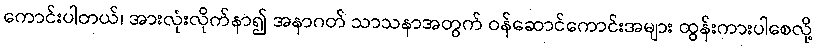
ကောင်းပါတယ်၊ အားလုံးလိုက်နာ၍ အနာဂတ် သာသနာအတွက် ဝန်ဆောင်ကောင်းအများ ထွန်းကားပါစေလို့